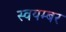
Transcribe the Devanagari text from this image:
स्वयम्बर